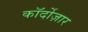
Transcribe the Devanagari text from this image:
कॉर्दोज़ार